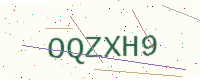
Text: OQZXH9